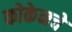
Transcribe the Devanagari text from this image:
कोकेनचे